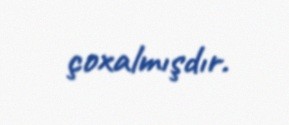
çoxalmışdır.